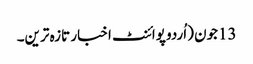
13جون (اُردو پوائنٹ اخبار تازہ ترین۔